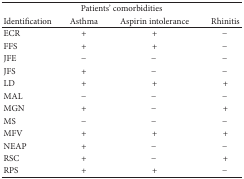
<table><thead><tr><td colspan="4"><b>Patients&#x27; comorbidities</b></td></tr><tr><td><b>Identification</b></td><td><b>Asthma</b></td><td><b>Aspirin intolerance</b></td><td><b>Rhinitis</b></td></tr></thead><tbody><tr><td>ECR</td><td>+</td><td>+</td><td>−</td></tr><tr><td>FFS</td><td>+</td><td>+</td><td>−</td></tr><tr><td>JFE </td><td>−</td><td>−</td><td>−</td></tr><tr><td>JFS</td><td>+</td><td>−</td><td>−</td></tr><tr><td>LD</td><td>+</td><td>+</td><td>+</td></tr><tr><td>MAL</td><td>−</td><td>−</td><td>−</td></tr><tr><td>MGN</td><td>+</td><td>−</td><td>+</td></tr><tr><td>MS</td><td>−</td><td>−</td><td>−</td></tr><tr><td>MFV</td><td>+</td><td>+</td><td>+</td></tr><tr><td>NEAP</td><td>+</td><td>−</td><td>−</td></tr><tr><td>RSC</td><td>+</td><td>−</td><td>+</td></tr><tr><td>RPS</td><td>+</td><td>+</td><td>−</td></tr></tbody></table>